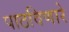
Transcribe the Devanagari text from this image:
पाठविणारे